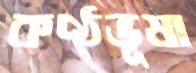
কণ্ঠভূষা